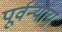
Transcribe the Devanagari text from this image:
पूर्वन्याय